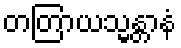
တတြာယသ္မန္တာနံ